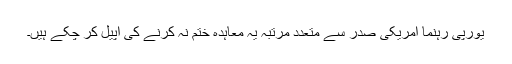
یورپی رہنما امریکی صدر سے متعدد مرتبہ یہ معاہدہ ختم نہ کرنے کی اپیل کر چکے ہیں۔